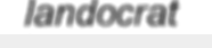
landocrat